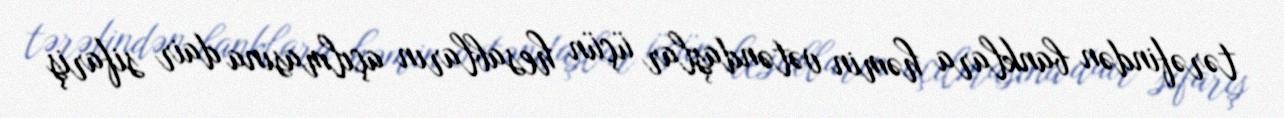
tərəfindən banklara həmin vətəndaşlar üçün hesabların açılmasına dair sifariş